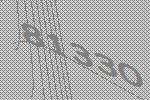
81330